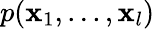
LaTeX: p(\boldsymbol{\mathbf{x}}_{1},...,\boldsymbol{\mathbf{x}}_{l})